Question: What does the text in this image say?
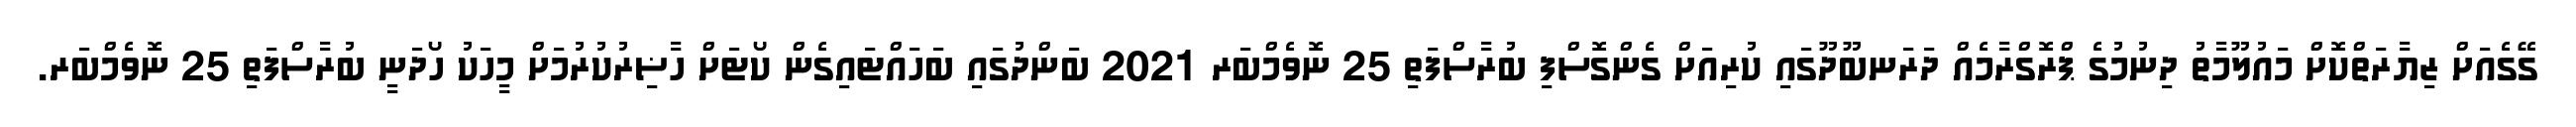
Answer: ގޭގެއަށް ޒިޔާރަތްކޮށް މައުލޫމާތު ދިނުމުގެ ޕްރޮގްރާމެއް ދަރަނބޫދޫގައި ކުރިއަށް ގެންގޮސްފި ބުރާސްފަތި 25 ނޮވެމްބަރ 2021 ބަންދުގައި ބަހައްޓައިގެން ކޯޓަށް ހާޟިރުކުރުމަށް މީހަކު ހޯދަނީ ބުރާސްފަތި 25 ނޮވެމްބަރ.